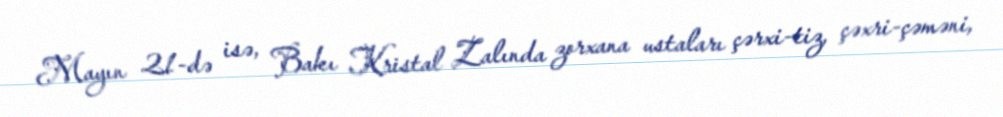
Mayın 21-də isə, Bakı Kristal Zalında zorxana ustaları çərxi-tiz, çəxri-çəməni,